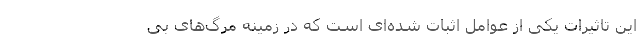
این تاثیرات یکی از عوامل اثبات‌ شده‌ای است که در زمینه مرگ‌های بی